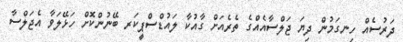
ދަރުސެއް ހިނގަމުން ދިޔަ ޖަލްސާއެއްގެ ތެރެއަށް ގާއުކާ ލައުޑްސްޕީކަރ ބޭނުންކޮށް ހަޅޭލަވާ އެޖަލްސާ